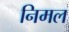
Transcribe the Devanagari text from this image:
निमल